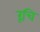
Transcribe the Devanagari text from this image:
रूचि